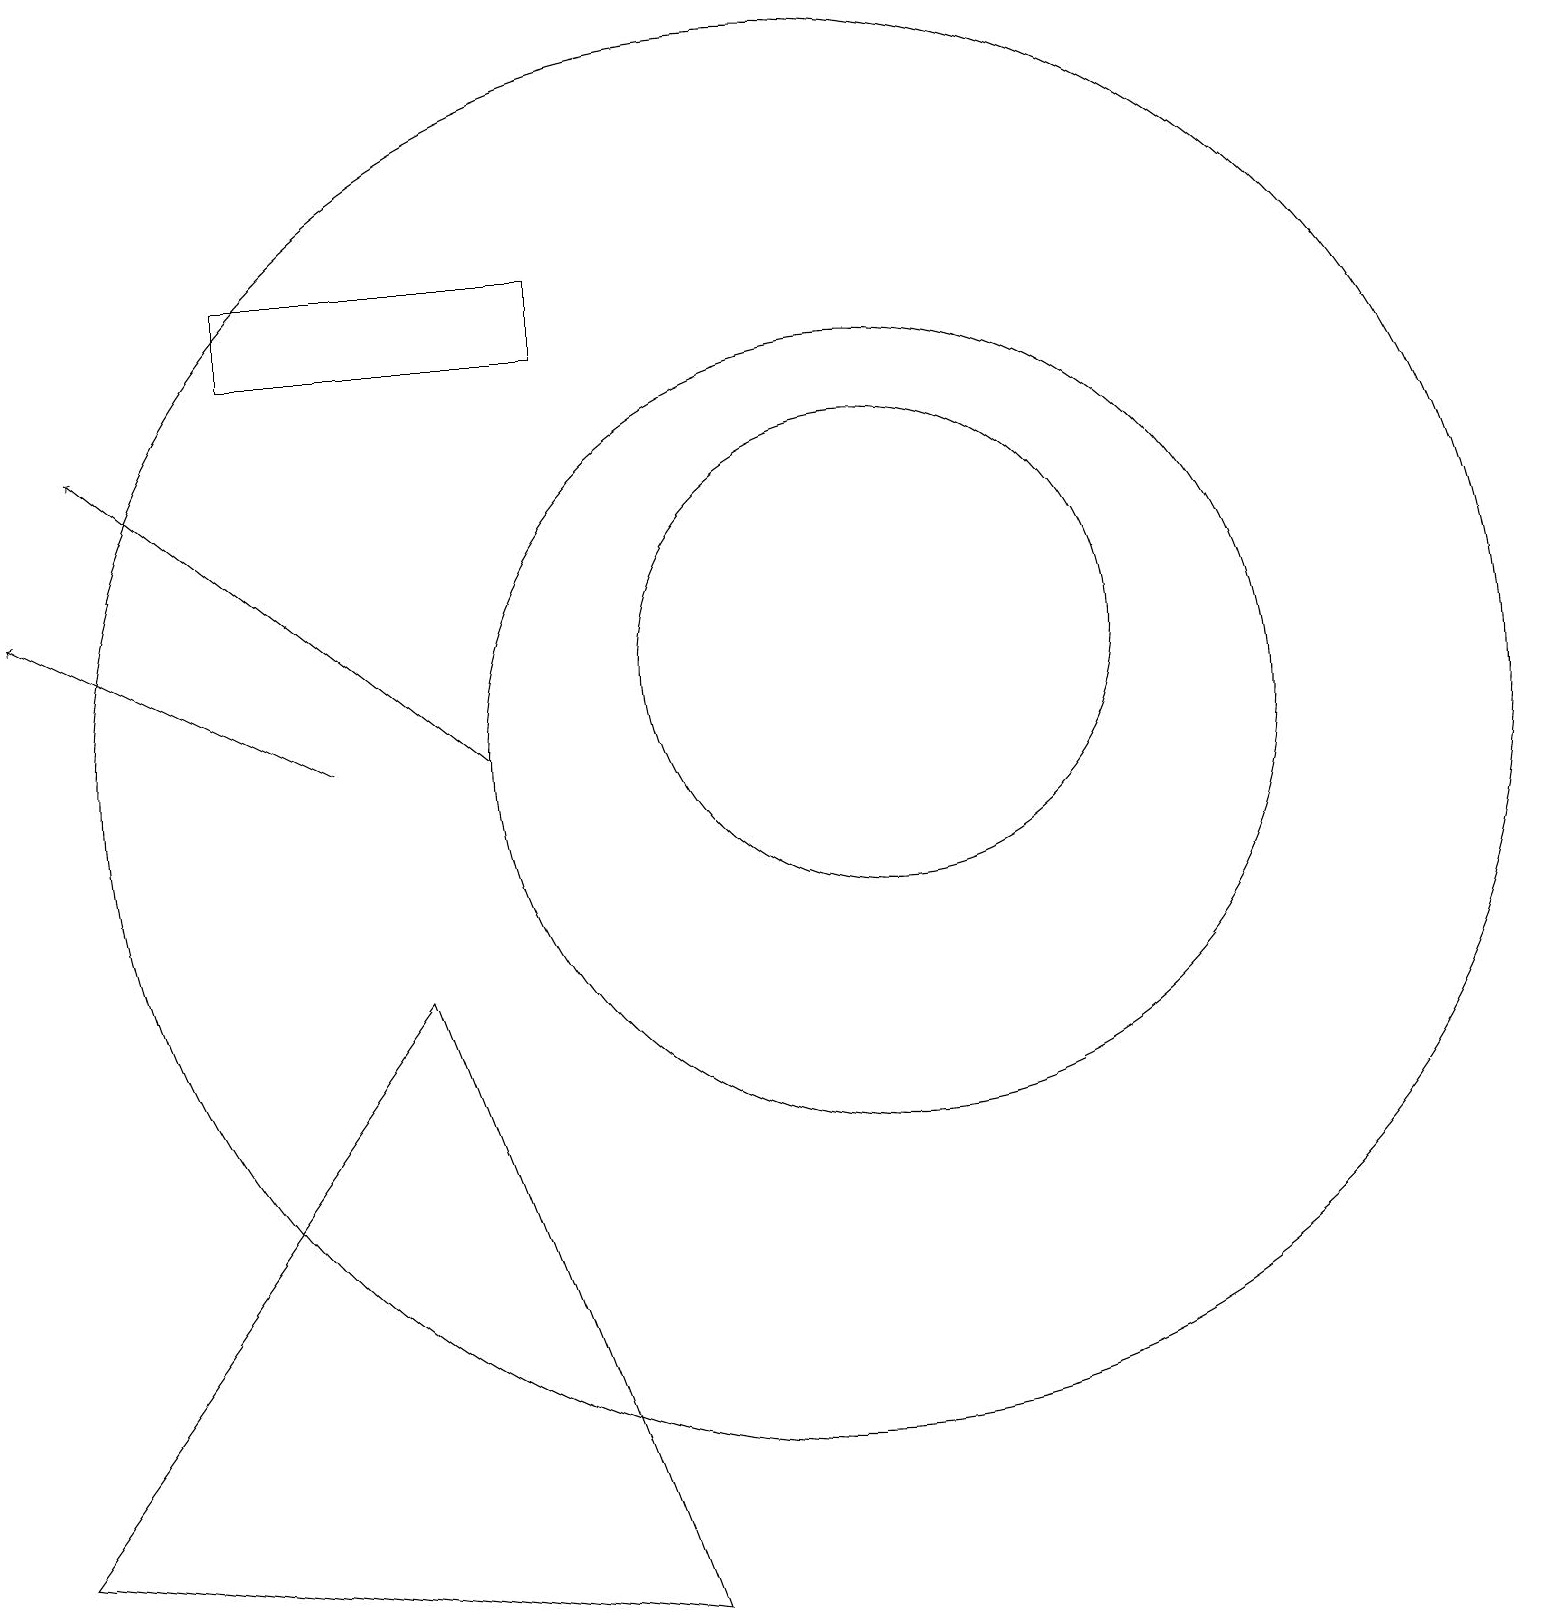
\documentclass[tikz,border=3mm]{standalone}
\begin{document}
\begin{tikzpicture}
\draw (0,1) -- (8,0) -- (5,8) -- cycle;
\draw (10,11) circle (9);
\draw (11,11) circle (5);
\draw (11,12) circle (3);
\draw[->] (4,11) -- (0,13);
\draw (3,17) rectangle (7,16);
\draw[->] (6,11) -- (1,15);
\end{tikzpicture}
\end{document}